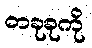
တခုခုကို